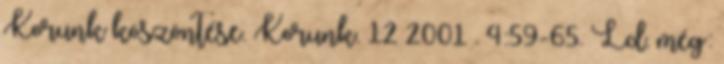
Korunk köszöntése. Korunk. 12 2001 . 4:59-65. Ld. még: